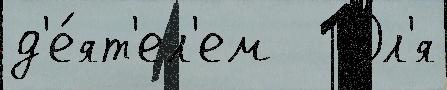
д'е́ят'ел'ем   Дл'я